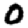
Digit: 0